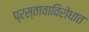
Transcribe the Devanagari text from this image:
प्रस्तावाविरोधात